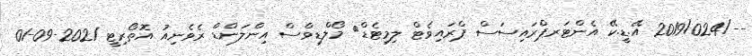
--/2019/024 އޭ.ޑީ.ކޭ އެންޓަރޕްރައިސަސް ޕްރައިވެޓް ލިމިޓެޑް	 މޯލްޑިވްސް އިންލަންޑް ރެވެނިއު އޮތޯރިޓީ 2021-09-01